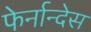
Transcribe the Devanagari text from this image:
फेर्नान्देस